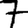
Digit: 7